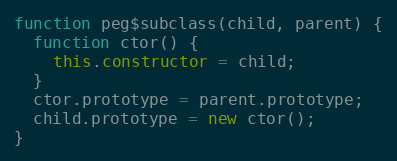
Language: JavaScript
function peg$subclass(child, parent) {
  function ctor() {
    this.constructor = child;
  }
  ctor.prototype = parent.prototype;
  child.prototype = new ctor();
}